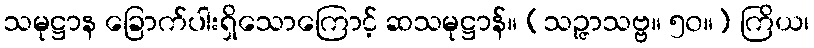
သမုဋ္ဌာန ခြောက်ပါးရှိသောကြောင့် ဆသမုဋ္ဌာန်။ (သဉ္ဇာသဗ္ဗ။ ၅၀။) ကြိယ၊